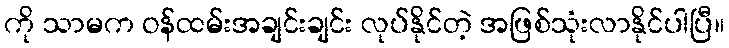
ကို သာမက ဝန်ထမ်းအချင်းချင်း လုပ်နိုင်တဲ့ အဖြစ်သုံးလာနိုင်ပါပြီ။